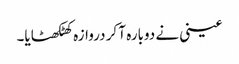
عینی نے دوبارہ آ کر دروازہ کھٹکھٹایا۔